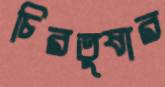
চিরতুষার